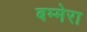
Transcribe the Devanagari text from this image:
बम्मेरा